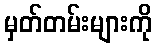
မှတ်တမ်းများကို